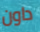
داون